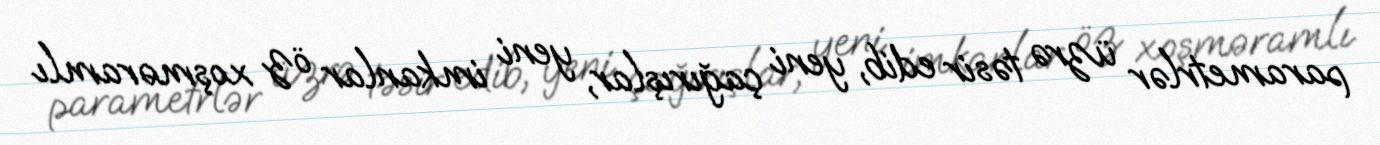
parametrlər üzrə təsir edib, yeni çağırışlar, yeni imkanlar öz xoşməramlı